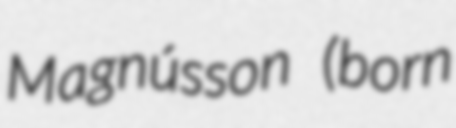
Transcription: Magnússon (born